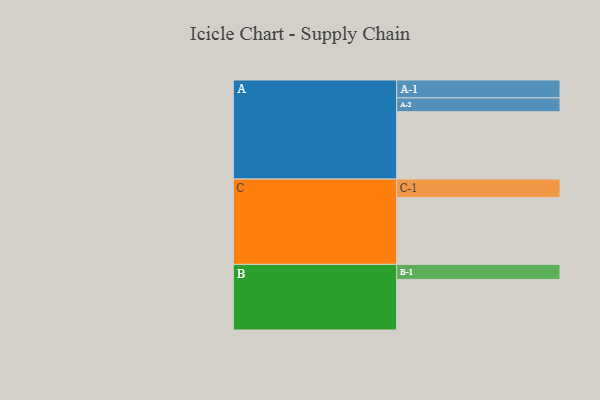
{"axis": {"x": "Segment", "y": "Value"}, "legend": ["", "A", "B", "C"], "data": [{"x": "A", "y": 578, "type": ""}, {"x": "B", "y": 434, "type": ""}, {"x": "C", "y": 574, "type": ""}, {"x": "A-1", "y": 154, "type": "A"}, {"x": "A-2", "y": 118, "type": "A"}, {"x": "B-1", "y": 129, "type": "B"}, {"x": "C-1", "y": 158, "type": "C"}]}